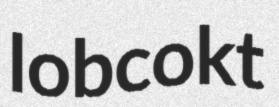
lobcokt